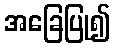
အခြေပြု၍